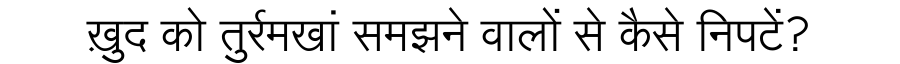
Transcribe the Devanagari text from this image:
ख़ुद को तुर्रमखां समझने वालों से कैसे निपटें?